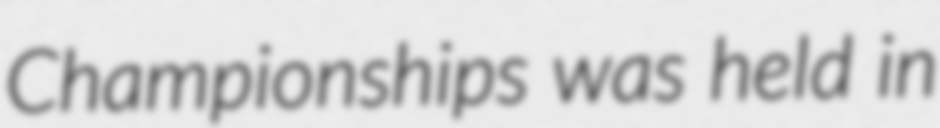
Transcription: Championships was held in